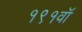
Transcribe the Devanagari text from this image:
१९१वॉ